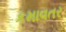
કમાવતર